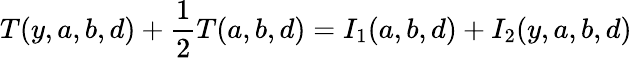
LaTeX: T(y,a,b,d)+\frac{1}{2}T(a,b,d)=I_{1}(a,b,d)+I_{2}(y,a,b,d)